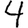
Digit: 4